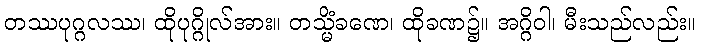
တဿပုဂ္ဂလဿ၊ ထိုပုဂ္ဂိုလ်အား။ တသ္မိံခဏေ၊ ထိုခဏ၌။ အဂ္ဂိဝါ၊ မီးသည်လည်း။